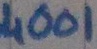
Text: 4001